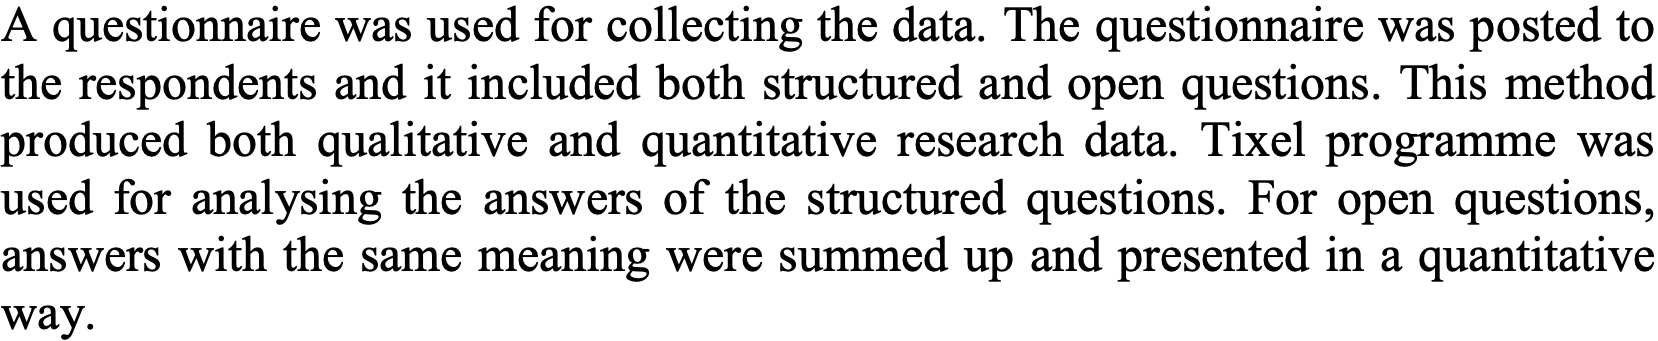
A questionnaire was used for collecting the data. The questionnaire was posted to the respondents and it included both structured and open questions. This method produced both qualitative and quantitative research data. Tixel programme was used for analysing the answers of the structured questions. For open questions, answers with the same meaning were summed up and presented in a quantitative way.